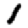
Digit: 1